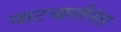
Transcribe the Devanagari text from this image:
वाटचालीनंतर